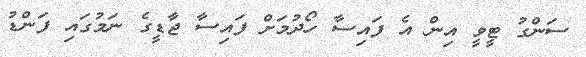
ސަންގު ޓީވީ އިން އެ ފައިސާ ހޯދުމަށް ފައިސާ ޖާޑީގެ ނަމުގައި ފަންޑު